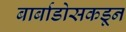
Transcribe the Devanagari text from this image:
बार्बाडोसकडून